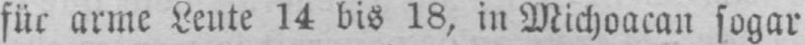
für arme Leute 14 bis 18, in Michoacan sogar